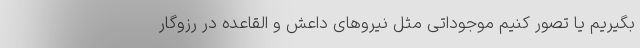
بگیریم یا تصور کنیم موجوداتی مثل نیروهای داعش و القاعده در رزوگار